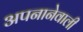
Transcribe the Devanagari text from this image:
अपनानेवाली